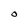
Character: O